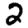
Digit: 2